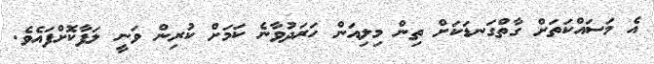
އެ މަސައްކަތަށް ގާތްގަނޑަކަށް ތިން މިލިއަން ހަރަދުވާނެ ކަމަށް ކުރިން ވަނީ ލަފާކޮށްފައެވެ.